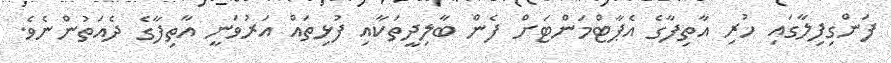
ފަންގިފިލާގައި ހުރި އާތިފާގެ އެޕާޓްމަންޓަށް ފެން ބާލިދީތަކާއި ފުޅިތައް އަރުވަނީ އާތިފާގެ ދެއަތުންނެވެ.